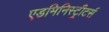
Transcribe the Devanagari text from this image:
एडमिनिस्ट्रीटर्स